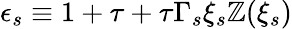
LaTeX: \epsilon_{s}\equiv1+\tau+\tau\Gamma_{s}\xi_{s}\mathbb{Z}(\xi_{s})